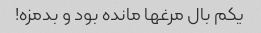
یکم بال مرغها مانده بود و بدمزه!